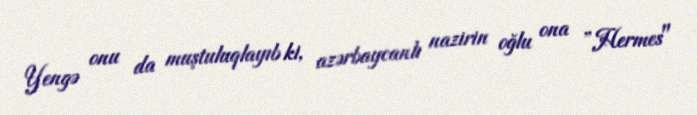
Yengə onu da muştuluqlayıb ki, azərbaycanlı nazirin oğlu ona ”Hermes"